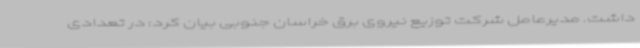
داشت. مدیرعامل شرکت توزیع نیروی برق خراسان جنوبی بیان کرد: در تعدادی